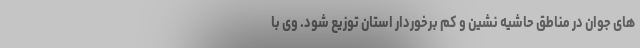
های جوان در مناطق حاشیه نشین و کم برخوردار استان توزیع شود. وی با